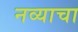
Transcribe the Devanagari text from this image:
नव्याचा